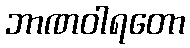
ဘာဏဝါရတော